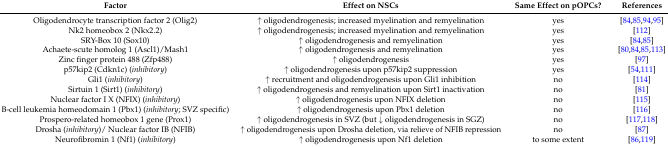
| Factor | Effect on NSCs | Same Effect on pOPCs? | References |
 | --- | --- | --- | --- |
 | Oligodendrocyte transcription factor 2 (Olig2) | ↑ oligodendrogenesis; increased myelination and remyelination | yes | [84,85,94,95] |
 | Nk2 homeobox 2 (Nkx2.2) | ↑ oligodendrogenesis; increased myelination and remyelination | yes | [112] |
 | SRY-Box 10 (Sox10) | ↑ oligodendrogenesis and remyelination | yes | [84,85] |
 | Achaete-scute homolog 1 (Ascl1)/Mash1 | ↑ oligodendrogenesis and remyelination | yes | [80,84,85,113] |
 | Zinc finger protein 488 (Zfp488) | ↑ oligodendrogenesis | yes | [97] |
 | p57kip2 (Cdkn1c) (inhibitory) | ↑ oligodendrogenesis upon p57kip2 suppression | yes | [54,111] |
 | Gli1 (inhibitory) | ↑ recruitment and oligodendrogenesis upon Gli1 inhibition | no | [114] |
 | Sirtuin 1 (Sirt1) (inhibitory) | ↑ oligodendrogenesis and remyelination upon Sirt1 inactivation | no | [81] |
 | Nuclear factor I X (NFIX) (inhibitory) | ↑ oligodendrogenesis upon NFIX deletion | no | [115] |
 | B-cell leukemia homeodomain 1 (Pbx1) (inhibitory; SVZ specific) | ↑ oligodendrogenesis upon Pbx1 deletion | no | [116] |
 | Prospero-related homeobox 1 gene (Prox1) | ↑ oligodendrogenesis in SVZ (but ↓ oligodendrogenesis in SGZ) | no | [117,118] |
 | Drosha (inhibitory)/ Nuclear factor IB (NFIB) | ↑ oligodendrogenesis upon Drosha deletion, via relieve of NFIB repression | no | [87] |
 | Neurofibromin 1 (Nf1) (inhibitory) | ↑ oligodendrogenesis upon Nf1 deletion | to some extent | [86,119] |